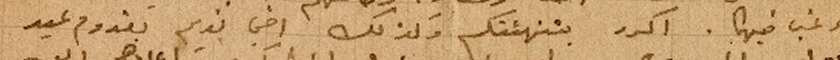
يرغب فيا. اكرر بتهنئتكم وكذلك اخي نديم بقدوم عيد